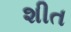
શીત